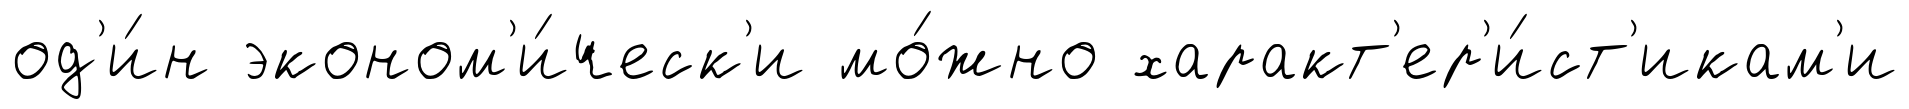
од'и́н эконом'и́ческ'и мо́жно характ'ер'и́ст'икам'и